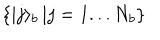
\left\{ | j \rangle _ { b } \right. \left| j = 1 . . . N _ { b } \right\}